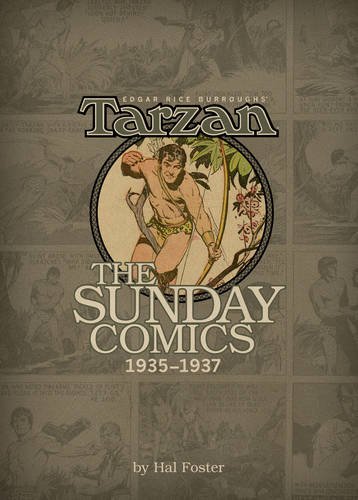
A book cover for Edgar Rice Burroughs' Tarzan: The Sunday Comics Volume 3 - 1935-1937; Edgar Rice Burroughs; Comics & Graphic Novels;